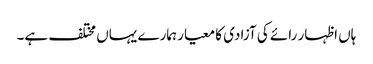
ہاں اظہار رائے کی آزادی کا معیار ہمارے یہاں مختلف ہے۔